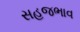
સહજભાવ